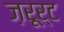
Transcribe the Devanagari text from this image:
ज़रूर्ट